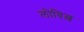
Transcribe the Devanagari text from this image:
लोवित्ज